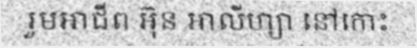
រួមអាជីព អ៊ុន អាលីហ្សា នៅកោះ